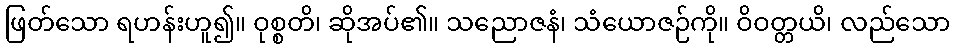
ဖြတ်သော ရဟန်းဟူ၍။ ဝုစ္စတိ၊ ဆိုအပ်၏။ သညောဇနံ၊ သံယောဇဉ်ကို။ ဝိဝတ္တယိ၊ လည်သော